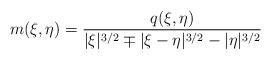
LaTeX: \begin{align*}m (\xi,\eta) = \frac{q (\xi,\eta)}{|\xi|^{3/2} \mp |\xi-\eta|^{3/2} - |\eta|^{3/2}}\end{align*}